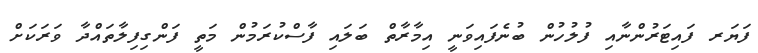
ފަޔަރ ފައިޓަރުންނާއި ފުލުހުން ބުނެފައިވަނީ އިމާރާތް ބަލައި ފާސްކުރަމުން މަތީ ފަންގިފިލާތައްދާ ވަރަކަށް